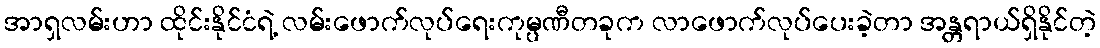
အာရှလမ်းဟာ ထိုင်းနိုင်ငံရဲ့ လမ်းဖောက်လုပ်ရေးကုမ္ပဏီတခုက လာဖောက်လုပ်ပေးခဲ့တာ အန္တရာယ်ရှိနိုင်တဲ့